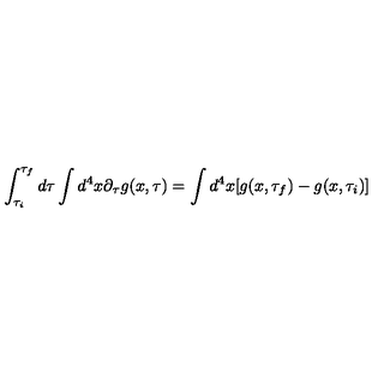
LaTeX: \int _ { \tau _ { i } } ^ { \tau _ { f } } d \tau \int d ^ { 4 } x \partial _ { \tau } g ( x , \tau ) = \int d ^ { 4 } x [ g ( x , \tau _ { f } ) - g ( x , \tau _ { i } ) ]